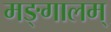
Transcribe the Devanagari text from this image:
मङ्गालम्